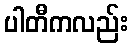
ပါတီကလည်း